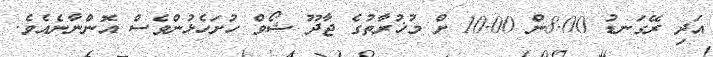
އަދި ރޭގަނޑު 8.00ން 10.00 ށް މުޚުރާތުގެ ޖާދޫ ޝޯވް ހުށަހެޅުންވެސް އޮންނާނެއެވެ.